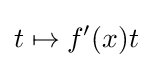
t\mapsto f'(x)t